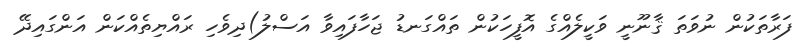
ފަރާތަކުން ނުވަތަ ޤާނޫނީ ވަކީލެއްގެ އޮފީހަކުން ތައްގަނޑު ޖަހާފައިވާ އަސްލު)ދިވެހި ރައްޔިތެއްކަން އަންގައިދޭ